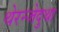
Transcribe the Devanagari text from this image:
थेरन्जेदुथा